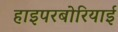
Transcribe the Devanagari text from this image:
हाइपरबोरियाई